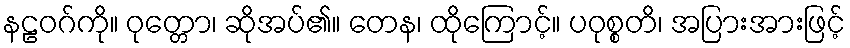
နဠဝဂ်ကို။ ဝုတ္တော၊ ဆိုအပ်၏။ တေန၊ ထိုကြောင့်။ ပဝုစ္စတိ၊ အပြားအားဖြင့်